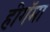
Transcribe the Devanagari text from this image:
हीगॅमा